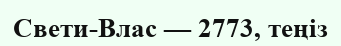
Свети-Влас — 2773, теңіз